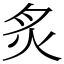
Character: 炙